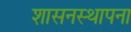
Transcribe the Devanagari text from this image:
शासनस्थापना